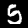
Label: 5